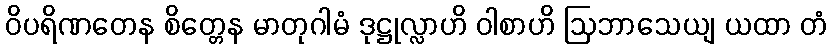
ဝိပရိဏတေန စိတ္တေန မာတုဂါမံ ဒုဋ္ဌုလ္လာဟိ ဝါစာဟိ ဩဘာသေယျ ယထာ တံ